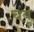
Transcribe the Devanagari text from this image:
चंबू